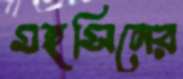
মহসিনের